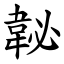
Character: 䪐